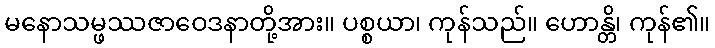
မနောသမ္ဖဿဇာဝေဒနာတို့အား။ ပစ္စယာ၊ ကုန်သည်။ ဟောန္တိ၊ ကုန်၏။